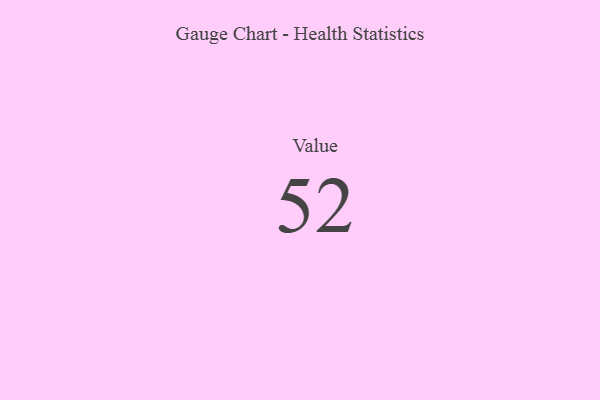
{"axis": {"x": "Metric", "y": "Value"}, "legend": [""], "data": [{"x": "Value", "y": 52, "type": ""}]}